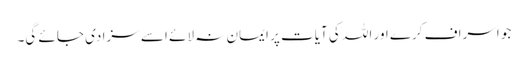
جو اسراف کرے اور اللہ کی آیات پر ایمان نہ لائے اسے سزا دی جائے گی۔